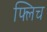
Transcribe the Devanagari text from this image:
फ्लिच